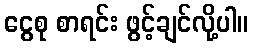
ငွေစု စာရင်း ဖွင့်ချင်လို့ပါ။